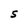
Character: S